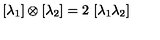
[ \lambda _ { 1 } ] \otimes [ \lambda _ { 2 } ] = 2 \ [ \lambda _ { 1 } \lambda _ { 2 } ]